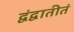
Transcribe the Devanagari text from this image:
द्वंद्वातीतं